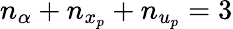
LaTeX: n_{\alpha}+n_{x_{p}}+n_{u_{p}}=3